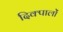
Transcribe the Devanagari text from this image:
दिक्पालों